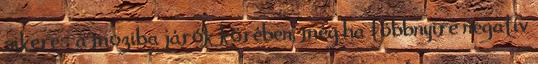
sikeres a moziba járók körében, még ha többnyire negatív